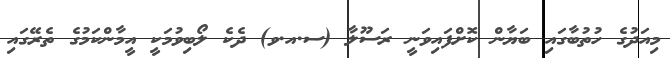
މިއަދުގެ ހުތުބާގައި ބަޔާން ކޮށްފައިވަނީ ރަސޫލާ (ސ.އ.ވ) ދެކެ ލޯބިވުމަކީ އީމާންކަމުގެ ތެރޭގައި